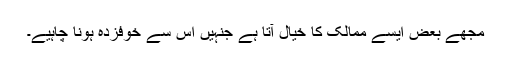
مجھے بعض ایسے ممالک کا خیال آتا ہے جنہیں اس سے خوفزدہ ہونا چاہیے۔